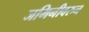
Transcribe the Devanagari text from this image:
जमिनीवरुन